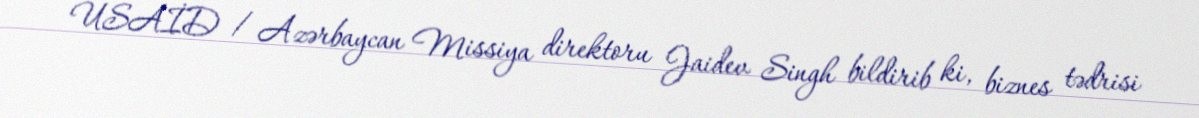
USAİD / Azərbaycan Missiya direktoru Jaidev Singh bildirib ki, biznes tədrisi